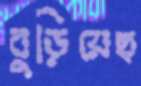
বুড়িয়েছ